Vaccination in Bombay 1874-1876 - 1874-1876
Year: 1874
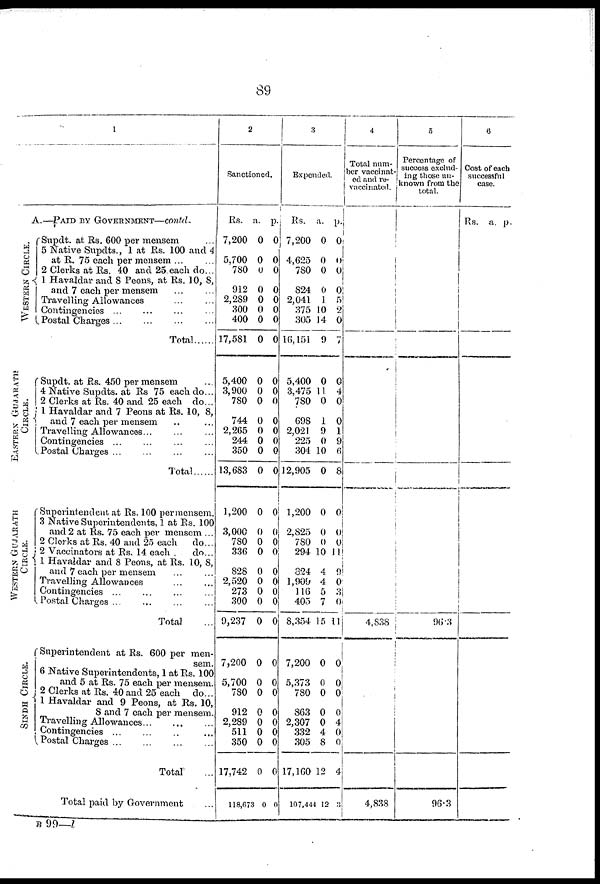
89
1
A .
— P A I
D BY G O V E R N M E N T — c
o n t
d .
WESTERN CIRCLE.
EASTERN GUJARATH
CIRCLE.
WESTERN GUJARATH
CIRCLE.
SINDH CIRCLE.
Supdt. at Rs. 600 per mensem ...
5 Native Supdts., 1 at Rs. 100 and 4
at R. 75 each per mensem...
...
2 Clerks at Rs. 40 and 25 each do...
1 Havaldar and 8 Peons, at Rs. 10, 8,
and 7 each per mensem ... ...
Travelling Allowances ... ...
Contingencies ... ... ... ...
Postal Charges ... ... ... ...
Total......
Supdt. at Rs. 450 per mensem ...
4 Native Supdts. at Rs 75 each do...
2 Clerks at Rs. 40 and 25 each do...
1 Havaldar and 7 Peons at Rs. 10, 8,
and 7 each per mensem ... ...
Travelling Allowances... ... ...
Contingencies ... ... ... ...
Postal Charges... ... ... ...
Total ......
Superintendent at Rs. 100 per mensem.
3 Native Superintendents, 1 at Rs. 100
and 2 at Rs. 75 each per mensem ...
2 Clerks at Rs. 40 and 25 each
do...
2 Vaccinators at Rs. 14 each
do...
1 Havaldar and 8 Peons, at Rs. 10, 8,
and 7 each per mensem ... ...
Travelling Allowances
...
...
Contingencies ... ... ... ...
Postal
Charges...
...
...
...
Total ...
Superintendent at Rs. 600 per men-
sem.
6 Native Superintendents, 1 at Rs. 100
and 5 at Rs. 75 each per mensem.
2 Clerks at Rs. 40 and 25 each do...
1 Havaldar and 9 Peons, at Rs. 10,
8 and 7 each per mensem.
Travelling Allowances...
...
...
Contingencies ... ... ... ...
Postal
Charges...
...
...
...
Total ...
Total paid by Government ...
2
Sanctioned.
Rs.
7,200
5,700
780
912
2,289
300
400
17,581
5,400
3,900
780
744
2,265
244
350
13,683
1,200
3,000
780
336
828
2,520
273
300
9,237
7,200
5,700
780
912
2,289
511
350
17,742
118,673
a.
0
0
0
0
0
0
0
0
0
0
0
0
0
0
0
0
0
0
0
0
0
0
0
0
0
0
0
0
0
0
0
0
0
0
p.
0
0
0
0
0
0
0
0
0
0
0
0
0
0
0
0
0
0
0
0
0
0
0
0
0
0
0
0
0
0
0
0
0
0
3
Expended.
Rs.
7,200
4,625
780
824
2,041
375
305
16,151
5,400
3,475
780
698
2,021
225
304
12,905
1,200
2,825
780
294
824
1,909
116
405
8,354
7,200
5,373
780
863
2,307
332
305
17,160
107,444
a.
0
0
0
0
1
10
14
9
0
11
0
1
9
0
10
0
0
0
0
10
4
4
5
7
15
0
0
0
0
0
4
8
12
12
p.
0
0
0
0
5
2
0
7
0
4
0
0
1
9
6
8
0
0
0
11
9
0
3
0
11
0
0
0
0
4
0
0
4
3
4
Total num-
ber vaccinat-
ed and re¬
vaccinated.
4,838
4,838
5
Percentage of
success exclud-
ing those un-
known from the
total.
96.3
96.3
6
Cost of each
successful
case.
Rs. a.
p.
B 99—l